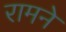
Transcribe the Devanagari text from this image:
रामने